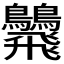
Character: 𩙾